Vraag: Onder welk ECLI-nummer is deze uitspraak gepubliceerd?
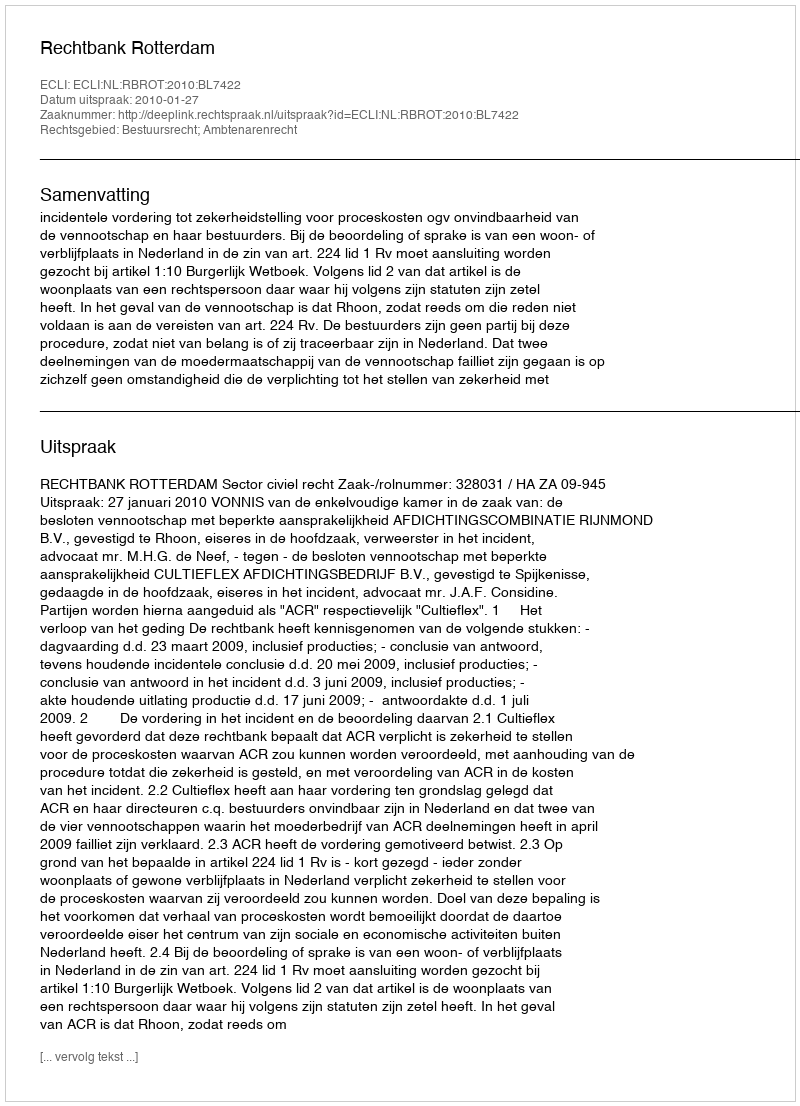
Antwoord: ECLI:NL:RBROT:2010:BL7422